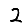
Digit: 2